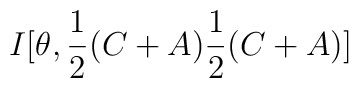
I[\theta ,\frac{1}{2}(C+A)\frac{1}{2}(C+A)]